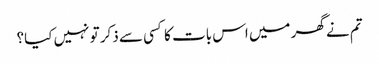
تم نے گھر میں اس بات کا کسی سے ذکر تو نہیں کیا؟